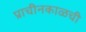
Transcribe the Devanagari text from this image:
प्राचीनकाळची